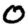
Digit: 0